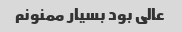
عالی بود بسیار ممنونم